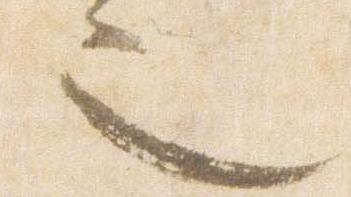
也